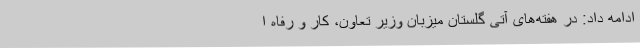
ادامه داد: در هفته‌های آتی گلستان میزبان وزیر تعاون، کار و رفاه ا